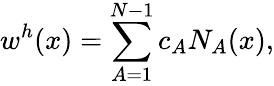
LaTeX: w^{h}(x)=\sum_{A=1}^{N-1}c_{A}N_{A}(x),